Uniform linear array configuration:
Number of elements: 8
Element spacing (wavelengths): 0.25
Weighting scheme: exponential
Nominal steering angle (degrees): -30
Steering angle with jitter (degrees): -28.864
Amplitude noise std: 0.05
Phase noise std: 0.05

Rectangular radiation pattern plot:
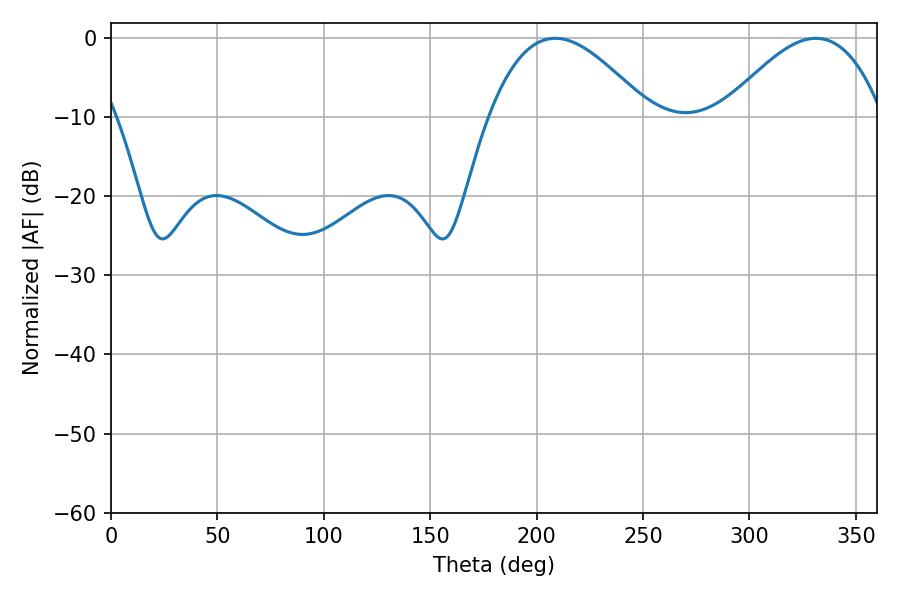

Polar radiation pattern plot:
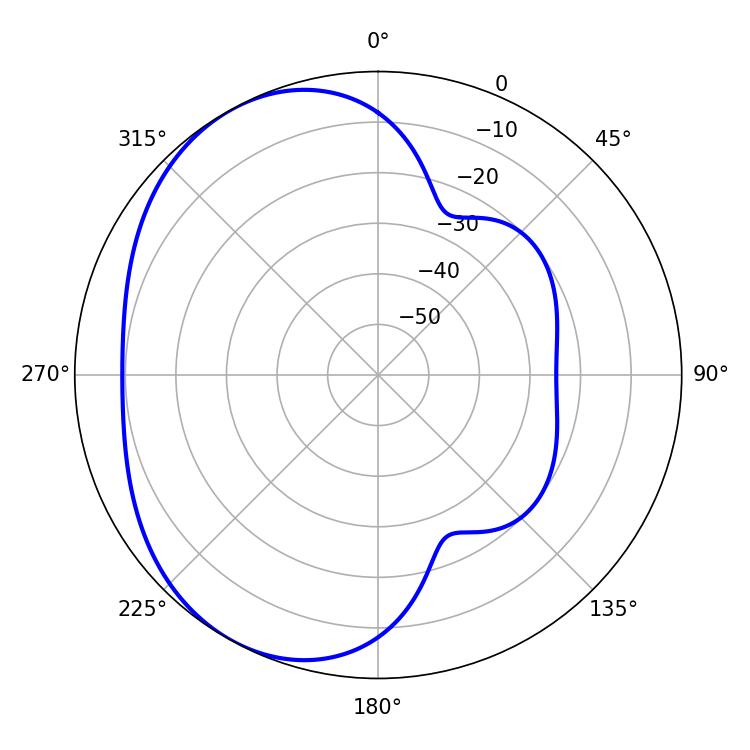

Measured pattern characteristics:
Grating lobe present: FALSE
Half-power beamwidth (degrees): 40.68
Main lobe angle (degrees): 208.8